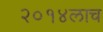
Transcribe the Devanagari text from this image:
२०१४लाच